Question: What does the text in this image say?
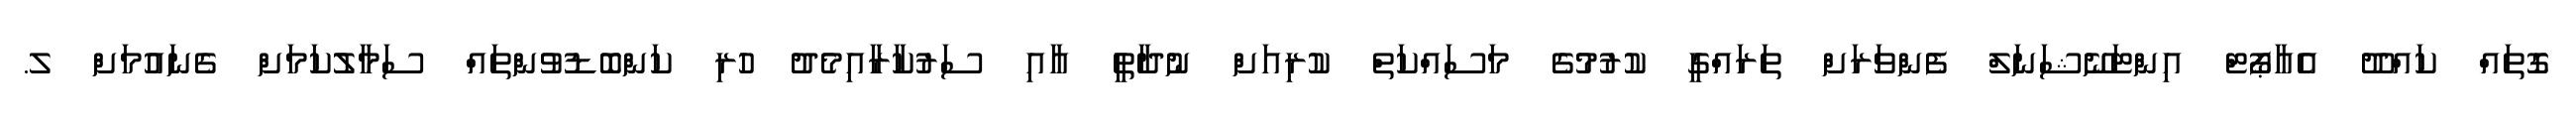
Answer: ގޮތައް ކައްދޫ އެއާޕޯޓް އިންޓަނޭޝަނަލް ފެންވަރަށް ތަރައްގީ ކުރުމުގެ މަސައްކަތް ކުރިއަށް ނުދާތީ އާއި ސަރުކާރާއިމެދު ހުރި ކަންބޮޑުވުންތައް ސަމާލުކަމަށް ގެނައުމަށް ލ.